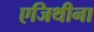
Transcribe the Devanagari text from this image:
एजिथीना